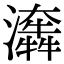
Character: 𤂤